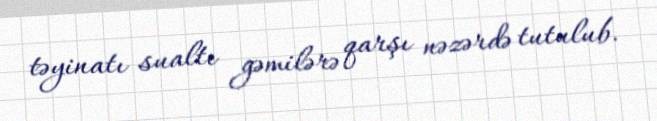
təyinatı sualtı gəmilərə qarşı nəzərdə tutulub.